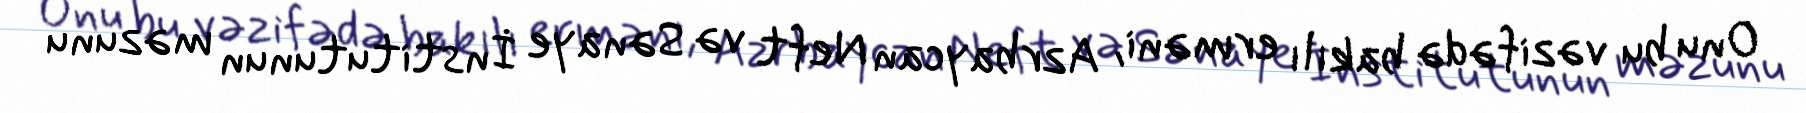
Onu bu vəzifədə bakılı erməni, Azrbaycan Neft və Sənaye İnstitutunun məzunu